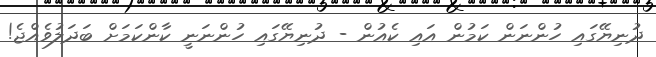
ދުނިޔޭގައި ހުންނަން ކަމުން އައި ކެއުން - ދުނިޔޭގައި ހުންނަނީ ކާންކަމަށް ބަދަލުވެއްޖެ!